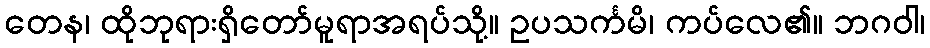
တေန၊ ထိုဘုရားရှိတော်မူရာအရပ်သို့။ ဥပသင်္ကမိ၊ ကပ်လေ၏။ ဘဂဝါ၊